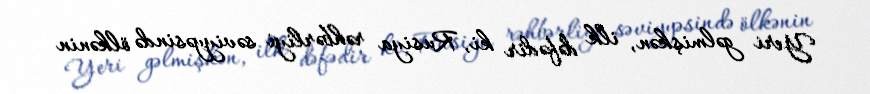
Yeri gəlmişkən, ilk dəfədir ki, Rusiya rəhbərliyi səviyyəsində ölkənin